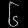
Digit: ၆